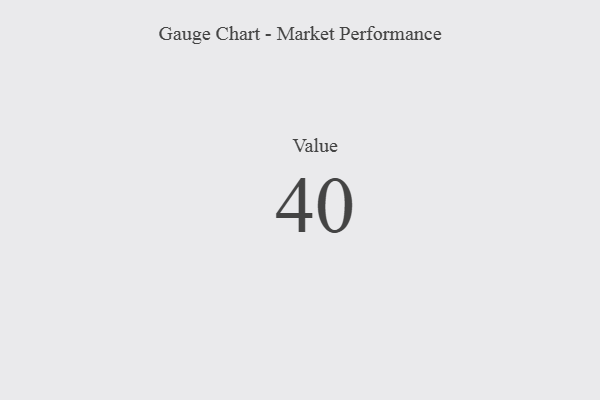
{"axis": {"x": "Metric", "y": "Value"}, "legend": [""], "data": [{"x": "Value", "y": 40, "type": ""}]}